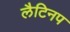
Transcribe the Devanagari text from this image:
लैटिनप